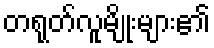
တရုတ်လူမျိုးများ၏